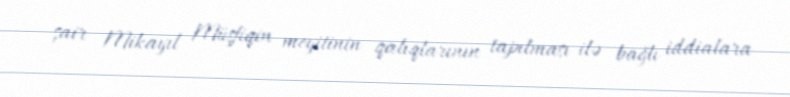
şair Mikayıl Müşfiqin meyitinin qalıqlarının tapılması ilə bağlı iddialara